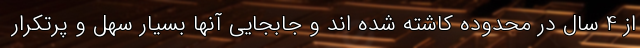
از 4 سال در محدوده کاشته شده اند و جابجایی آنها بسیار سهل و پرتکرار